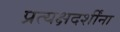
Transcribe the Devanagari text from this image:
प्रत्यक्षदर्शींना